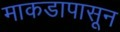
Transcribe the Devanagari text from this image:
माकडापासून